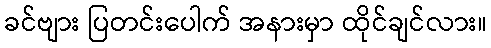
ခင်ဗျား ပြတင်းပေါက် အနားမှာ ထိုင်ချင်လား။